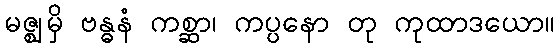
မဇ္ဈမှိ ဗန္ဓနံ ကစ္ဆာ၊ ကပ္ပနော တု ကုထာဒယော။